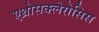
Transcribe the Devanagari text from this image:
एथ्रोसक्लेरोसिस